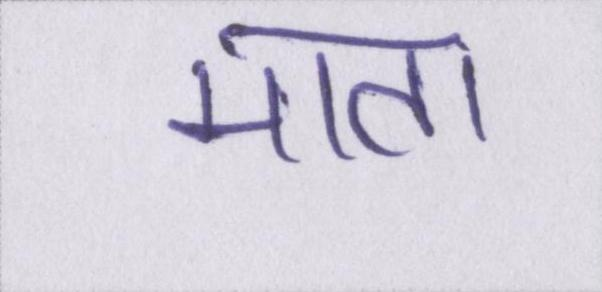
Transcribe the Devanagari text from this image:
माता